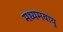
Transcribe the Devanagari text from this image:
मध्यमवायु